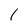
Character: 1